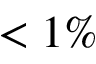
< 1 \%